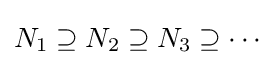
N_{1}\supseteq N_{2}\supseteq N_{3}\supseteq \cdots